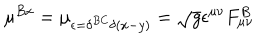
\mu ^ { B x } = \mu _ { \epsilon = \delta ^ { B C } \delta ( x - y ) } = \sqrt { g } \epsilon ^ { \mu \nu } F _ { \mu \nu } ^ { B }